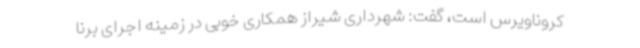
کروناویرس است، گفت: شهرداری شیراز همکاری خوبی در زمینه اجرای برنا